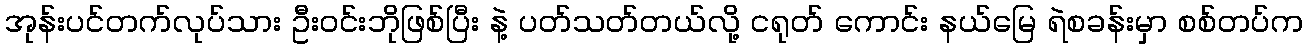
အုန်းပင်တက်လုပ်သား ဦးဝင်းဘိုဖြစ်ပြီး နဲ့ ပတ်သတ်တယ်လို့ ငရုတ် ကောင်း နယ်မြေ ရဲစခန်းမှာ စစ်တပ်က